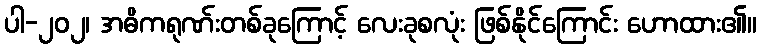
ပါ-၂၀၂၊ အဓိကရုဏ်းတစ်ခုကြောင့် လေးခုစလုံး ဖြစ်နိုင်ကြောင်း ဟောထား၏။